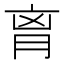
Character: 𦚾